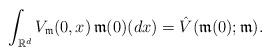
LaTeX: \begin{align*}\int_{\mathbb{R}^{d}} V_{\mathfrak{m}}(0,x)\, \mathfrak{m}(0)(dx) = \hat{V}(\mathfrak{m}(0);\mathfrak{m}).\end{align*}